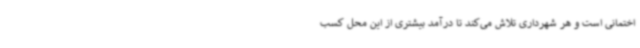
اختمانی است و هر شهرداری تلاش می‌کند تا درآمد بیشتری از این محل کسب